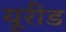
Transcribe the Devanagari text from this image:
यूरीड